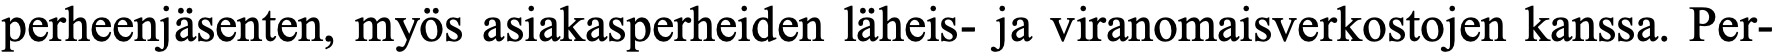
perheenjäsenten, myös asiakasperheiden läheis- ja viranomaisverkostojen kanssa. Per-